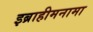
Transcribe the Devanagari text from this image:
इब्राहीमनामा